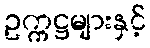
ဥက္ကဋ္ဌများနှင့်